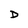
Character: D